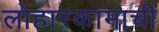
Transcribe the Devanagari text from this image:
लोहारकामाची